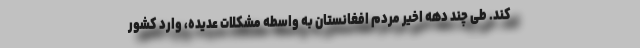
کند. طی چند دهه اخیر مردم افغانستان به واسطه مشکلات عدیده، وارد کشور